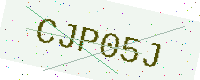
Text: CJP05J